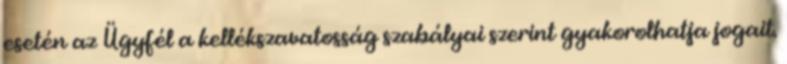
esetén az Ügyfél a kellékszavatosság szabályai szerint gyakorolhatja jogait.